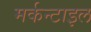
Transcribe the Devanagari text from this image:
मर्कन्टाइल